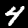
Label: 4